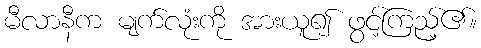
မီလာနီက မျက်လုံးကို အားယူ၍ ဖွင့်ကြည့်၏။